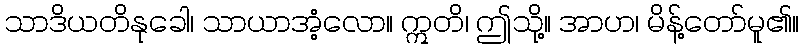
သာဒိယတိနုခေါ၊ သာယာအံ့လော။ ဣတိ၊ ဤသို့။ အာဟ၊ မိန့်တော်မူ၏။